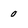
Character: 0